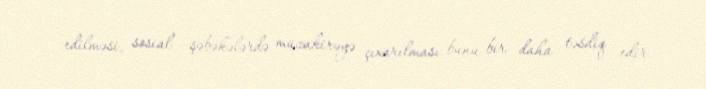
edilməsi, sosial şəbəkələrdə müzakirəyə çıxarılması bunu bir daha təsdiq edir.